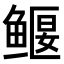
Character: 𫚢